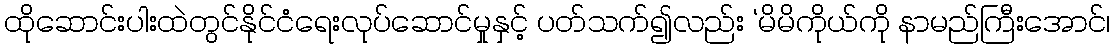
ထိုဆောင်းပါးထဲတွင်နိုင်ငံရေးလုပ်ဆောင်မှုနှင့် ပတ်သက်၍လည်း ‘မိမိကိုယ်ကို နာမည်ကြီးအောင်၊